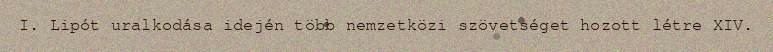
I. Lipót uralkodása idején több nemzetközi szövetséget hozott létre XIV.